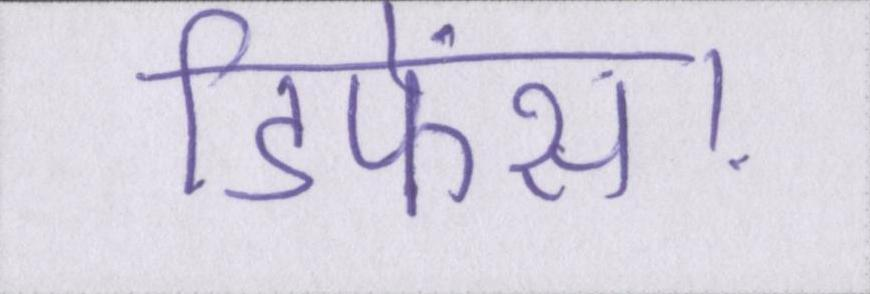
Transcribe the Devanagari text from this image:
डिफेंस।